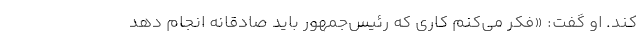
کند. او گفت: «فکر می‌کنم کاری که رئیس‌جمهور باید صادقانه انجام دهد